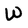
Character: W